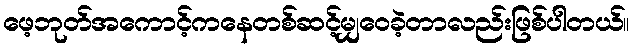
ဖေ့ဘုတ်အကောင့်ကနေတစ်ဆင့်မျှဝေခဲ့တာလည်းဖြစ်ပါတယ်။